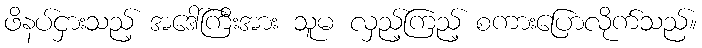
ဖိနပ်ငှားသည့် အဒေါ်ကြီးအား သူမ လှည့်ကြည့် စကားပြောလိုက်သည်။